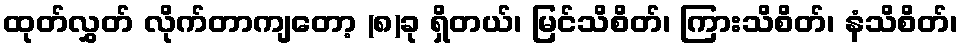
ထုတ်လွှတ် လိုက်တာကျတော့ (၈)ခု ရှိတယ်၊ မြင်သိစိတ်၊ ကြားသိစိတ်၊ နံသိစိတ်၊